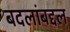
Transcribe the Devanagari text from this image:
बदलांबद्दल